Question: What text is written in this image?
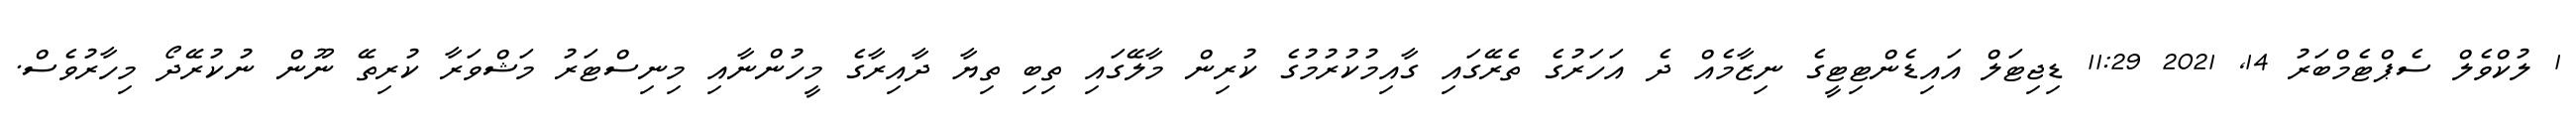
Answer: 1 ލުކްވެލް ސެޕްޓެމްބަރު 14, 2021 11:29 ޑިޖިޓަލް އައިޑެންޓިޓީގެ ނިޒާމެއް ދެ އަހަރުގެ ތެރޭގައި ގާއިމުކުރުމުގެ ކުރިން މާލޭގައި ތިބި ތިޔާ ދާއިރާގެ މީހުންނާއި މިނިސްޓަރު މަޝްވަރާ ކުރިތޭ ނޫން ނުކުރޭދޯ މިހާރުވެސް.